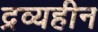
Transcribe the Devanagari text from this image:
द्रव्यहीन